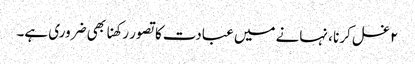
۲ غسل کرنا ، نہانے میں عبادت کا تصور رکھنا بھی ضروری ہے۔